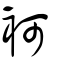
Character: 袔